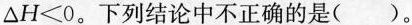
△ H ≤ 0$$。下列结论中不正确的是()。